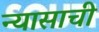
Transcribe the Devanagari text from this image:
न्यासाची